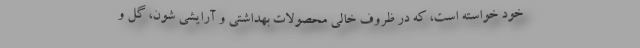
خود خواسته است، که در ظروف خالی محصولات بهداشتی و آرایشی شون، گل و